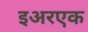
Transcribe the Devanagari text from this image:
इअरएक